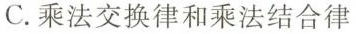
C.乘法交换律和乘法结合律